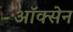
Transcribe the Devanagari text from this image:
ऑक्सेन